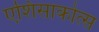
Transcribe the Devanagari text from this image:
एशिसाकोत्स